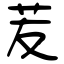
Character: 苃